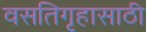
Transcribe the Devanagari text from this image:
वसतिगृहासाठी